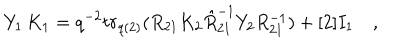
Y _ { 1 } \, K _ { 1 } = q ^ { - 2 } t r _ { q ( 2 ) } ( R _ { 2 1 } K _ { 2 } \hat { R } _ { 2 1 } ^ { - 1 } Y _ { 2 } R _ { 2 1 } ^ { - 1 } ) + [ 2 ] I _ { 1 } \quad ,